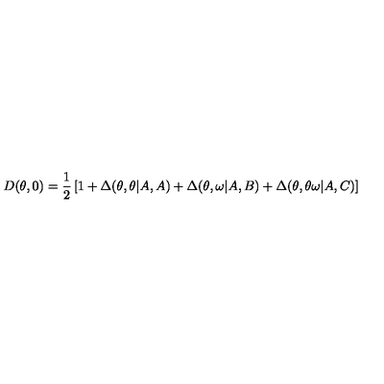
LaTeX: D ( \theta , 0 ) = \frac { 1 } { 2 } \left[ 1 + \Delta ( \theta , \theta | A , A ) + \Delta ( \theta , \omega | A , B ) + \Delta ( \theta , \theta \omega | A , C ) \right]